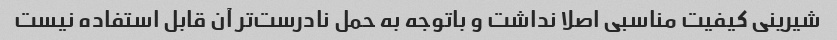
شیرینی کیفیت مناسبی اصلا نداشت و باتوجه به حمل نادرست‌تر آن قابل استفاده نیست